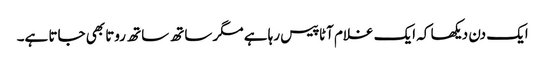
ایک دن دیکھا کہ ایک غلام آٹا پیس رہا ہے مگر ساتھ ساتھ روتا بھی جاتا ہے۔